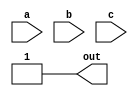
module top_module (
    input wire a,
    input wire b,
    input wire c,
    output wire out
);
    // Since the output is always 1, we directly assign 1 to out
    assign out = 1;
endmodule